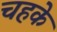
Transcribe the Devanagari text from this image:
चहके